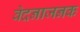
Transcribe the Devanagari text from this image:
वेदनाजनक